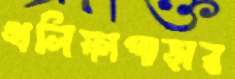
খলিফাপাড়ার